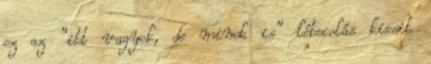
ez az “itt vagyok, de minek is” lébecolás kicsit